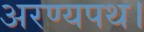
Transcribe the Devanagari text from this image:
अरण्यपथ।